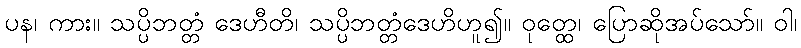
ပန၊ ကား။ သပ္ပိဘတ္တံ ဒေဟီတိ၊ သပ္ပိဘတ္တံဒေဟိဟူ၍။ ဝုတ္ထေ၊ ပြောဆိုအပ်သော်။ ဝါ၊